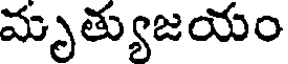
మృత్యుజయం